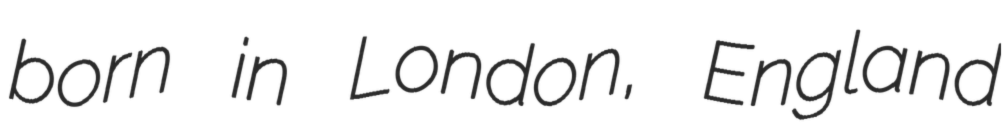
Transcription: born in London, England